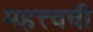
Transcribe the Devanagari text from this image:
महत्त्वची